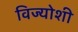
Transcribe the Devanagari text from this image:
विज्योशी